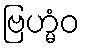
ဗြဟ္မံဝ